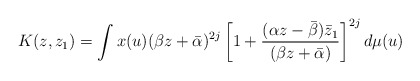
\begin{align*} K(z,z_{1})= \int x(u) (\beta z+ \bar{\alpha})^{2j} \left[ 1+ \frac{(\alpha z-\bar{\beta})\bar{z}_{1}}{(\beta z+\bar{\alpha})} \right]^{2j} d\mu(u)\end{align*}